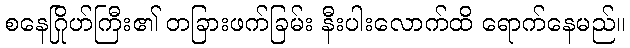
စနေဂြိုဟ်ကြီး၏ တခြားဖက်ခြမ်း နီးပါးလောက်ထိ ရောက်နေမည်။